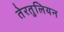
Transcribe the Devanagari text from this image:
तेरतुलियन